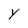
Character: y